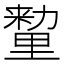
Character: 𰼛